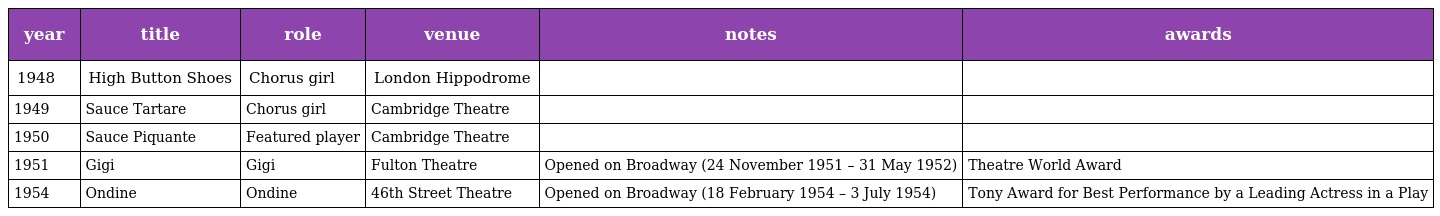
| year | title | role | venue | notes | awards |
 | --- | --- | --- | --- | --- | --- |
 | 1948 | High Button Shoes | Chorus girl | London Hippodrome |  |  |
 | 1949 | Sauce Tartare | Chorus girl | Cambridge Theatre |  |  |
 | 1950 | Sauce Piquante | Featured player | Cambridge Theatre |  |  |
 | 1951 | Gigi | Gigi | Fulton Theatre | Opened on Broadway (24 November 1951 – 31 May 1952) | Theatre World Award |
 | 1954 | Ondine | Ondine | 46th Street Theatre | Opened on Broadway (18 February 1954 – 3 July 1954) | Tony Award for Best Performance by a Leading Actress in a Play |